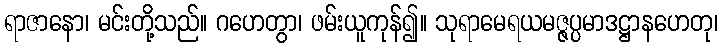
ရာဇာနော၊ မင်းတို့သည်။ ဂဟေတွာ၊ ဖမ်းယူကုန်၍။ သုရာမေရယမဇ္ဇပ္ပမာဒဋ္ဌာနဟေတု၊